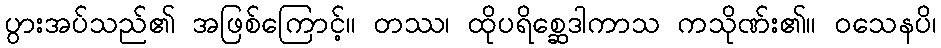
ပွားအပ်သည်၏ အဖြစ်ကြောင့်။ တဿ၊ ထိုပရိစ္ဆေဒါကာသ ကသိုဏ်း၏။ ဝသေနပိ၊